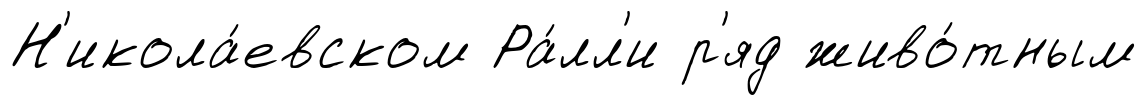
Н'икола́евском Ра́лл'и р'яд живо́тным